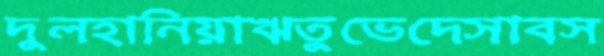
দুলহানিয়াঋতুভেদেসাবস